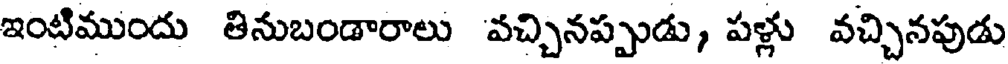
ఇంటిముందు తినుబండారాలు వచ్చినప్పుడు, పళ్లు వచ్చినపుడు